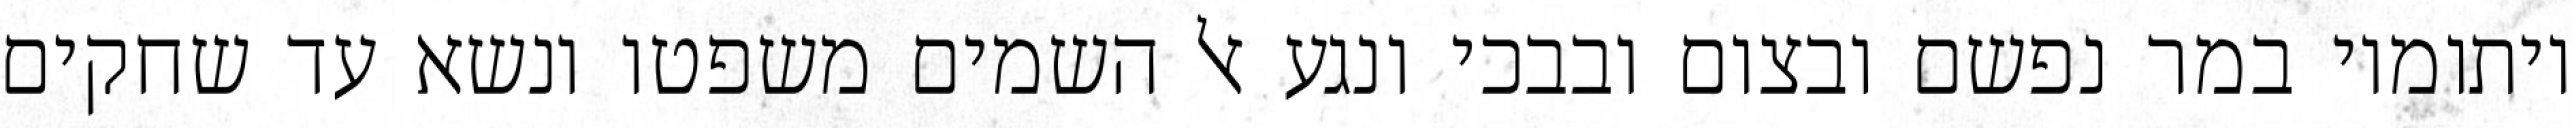
ויתומיו במר נפשם ובצום ובבכי ונגע אל השמים משפטו ונשא עד שחקים